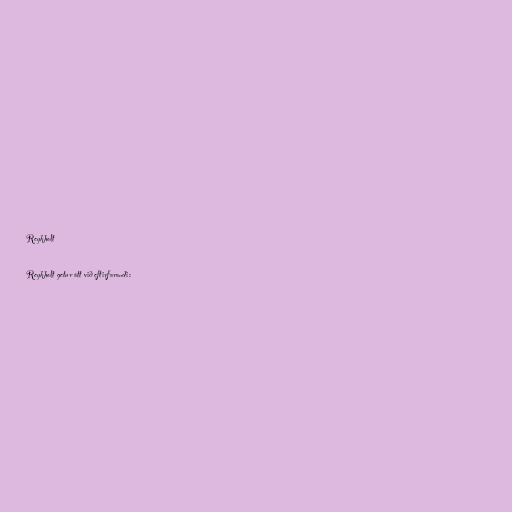
Reykholt

Reykholt getur átt við eftirfarandi: